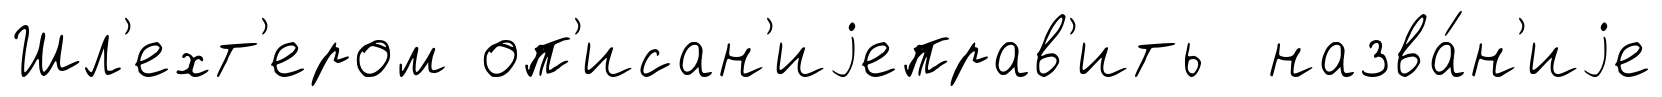
Шл'ехт'ером оп'исан'иjеправ'ить назва́н'иjе